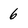
Character: 6